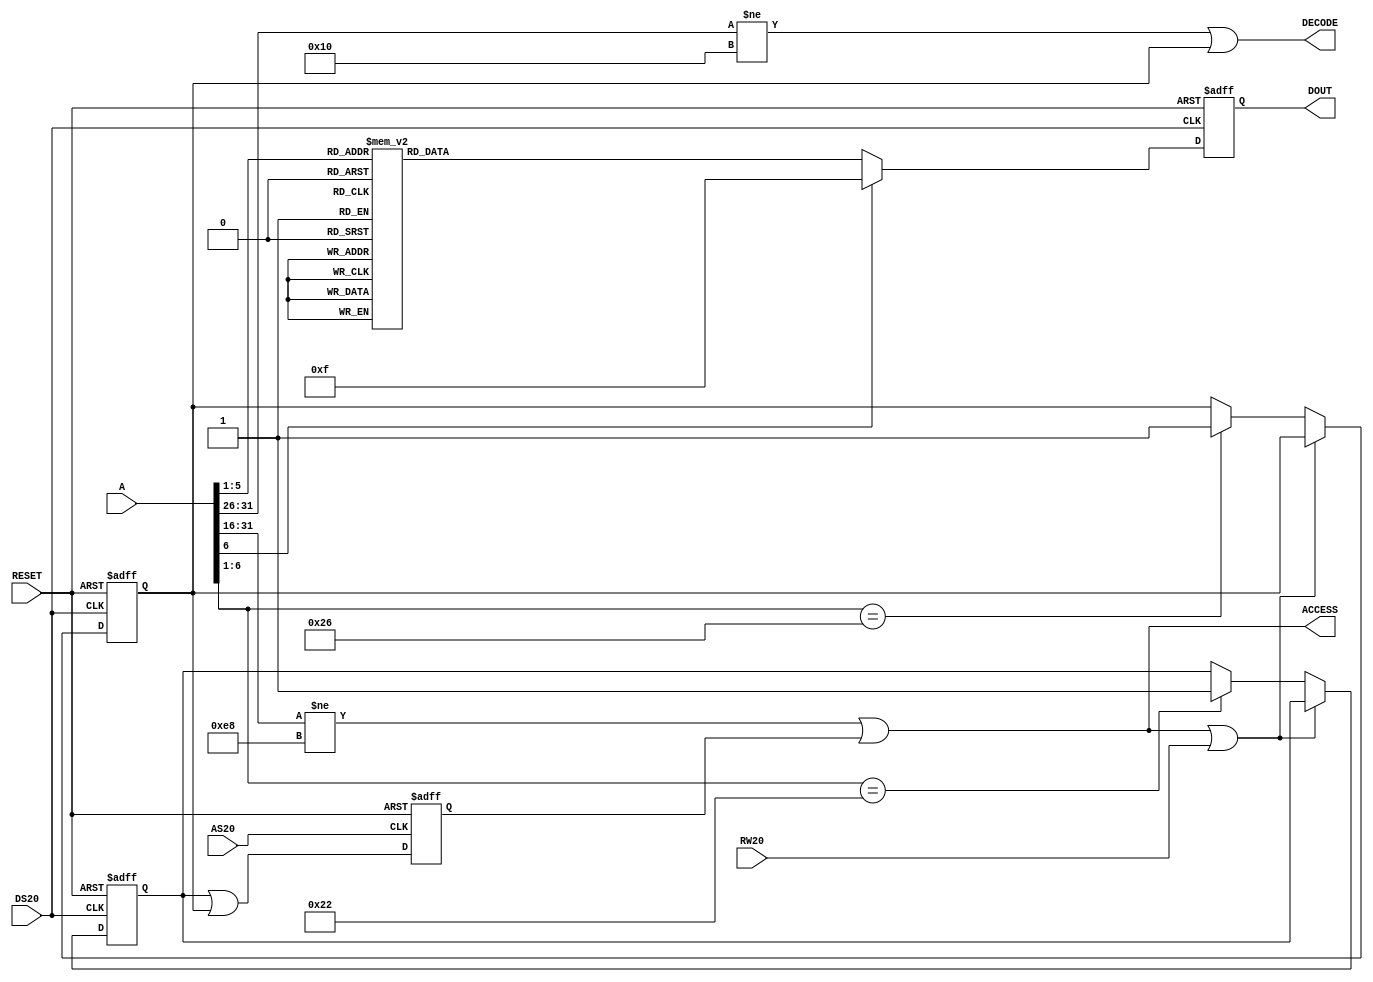
`timescale 1ns / 1ps
/*
    Copyright (C) 2018-2021, Stephen J. Leary
    All rights reserved.
    
    This file is part of  TF330/TF120 (Terrible Fire 030 Accelerator).
 
	Attribution-NoDerivs 3.0 Unported

		CREATIVE COMMONS CORPORATION IS NOT A LAW FIRM AND DOES NOT PROVIDE
		LEGAL SERVICES. DISTRIBUTION OF THIS LICENSE DOES NOT CREATE AN
		ATTORNEY-CLIENT RELATIONSHIP. CREATIVE COMMONS PROVIDES THIS
		INFORMATION ON AN "AS-IS" BASIS. CREATIVE COMMONS MAKES NO WARRANTIES
		REGARDING THE INFORMATION PROVIDED, AND DISCLAIMS LIABILITY FOR
		DAMAGES RESULTING FROM ITS USE.

*/


module autoconfig(

           input    RESET,
           input 	AS20,
           input 	RW20,
           input 	DS20,

           input [31:0] A,

           output [7:4] DOUT,

           output  ACCESS,
           output  DECODE

       );

reg config_out = 'd0;
reg configured = 'd0;
reg shutup = 'd0;
reg [7:4] data_out = 'd0;

// 0xE80000
wire Z2_ACCESS = ({A[31:16]} != {16'h00E8}) | (&config_out);
wire Z2_WRITE = (Z2_ACCESS | RW20);
wire [5:0] zaddr = {A[6:1]};

always @(posedge AS20 or negedge RESET) begin

    if (RESET == 1'b0) begin

        config_out <= 'd0;

    end else begin

        config_out <= configured | shutup;

    end

end

always @(negedge DS20 or negedge RESET) begin

    if (RESET == 1'b0) begin

        configured <= 'd0;
        shutup <= 'd0;
        data_out[7:4] <= 4'hf;

    end else begin

            if (Z2_WRITE == 1'b0) begin

                    case (zaddr)
                    'h22: begin //configure logic
                        configured <= 1'b1;
                    end
                    'h26: begin // shutup logic
                        shutup <= 1'b1;
                    end
                endcase

            end

            // autoconfig ROMs
            case (zaddr)
                'h00: data_out[7:4] <= 4'ha;
                'h01: data_out[7:4] <= 4'h2;
                'h03: data_out[7:4] <= 4'hc;
                'h04: data_out[7:4] <= 4'h4;
                'h08: data_out[7:4] <= 4'he;
                'h09: data_out[7:4] <= 4'hc;
                'h0a: data_out[7:4] <= 4'h2;
                'h0b: data_out[7:4] <= 4'h7;
                'h11: data_out[7:4] <= 4'he;
                'h12: data_out[7:4] <= 4'hb;
                'h13: data_out[7:4] <= 4'h5;
                default: data_out[7:4] <= 4'hf;
            endcase
            
    end
end

// decode the base addresses
// these are hardcoded to the address they always get assigned to.
assign DECODE = ({A[31:26]} != {6'b0100_00}) | shutup;

assign ACCESS = Z2_ACCESS;
assign DOUT = data_out;

endmodule